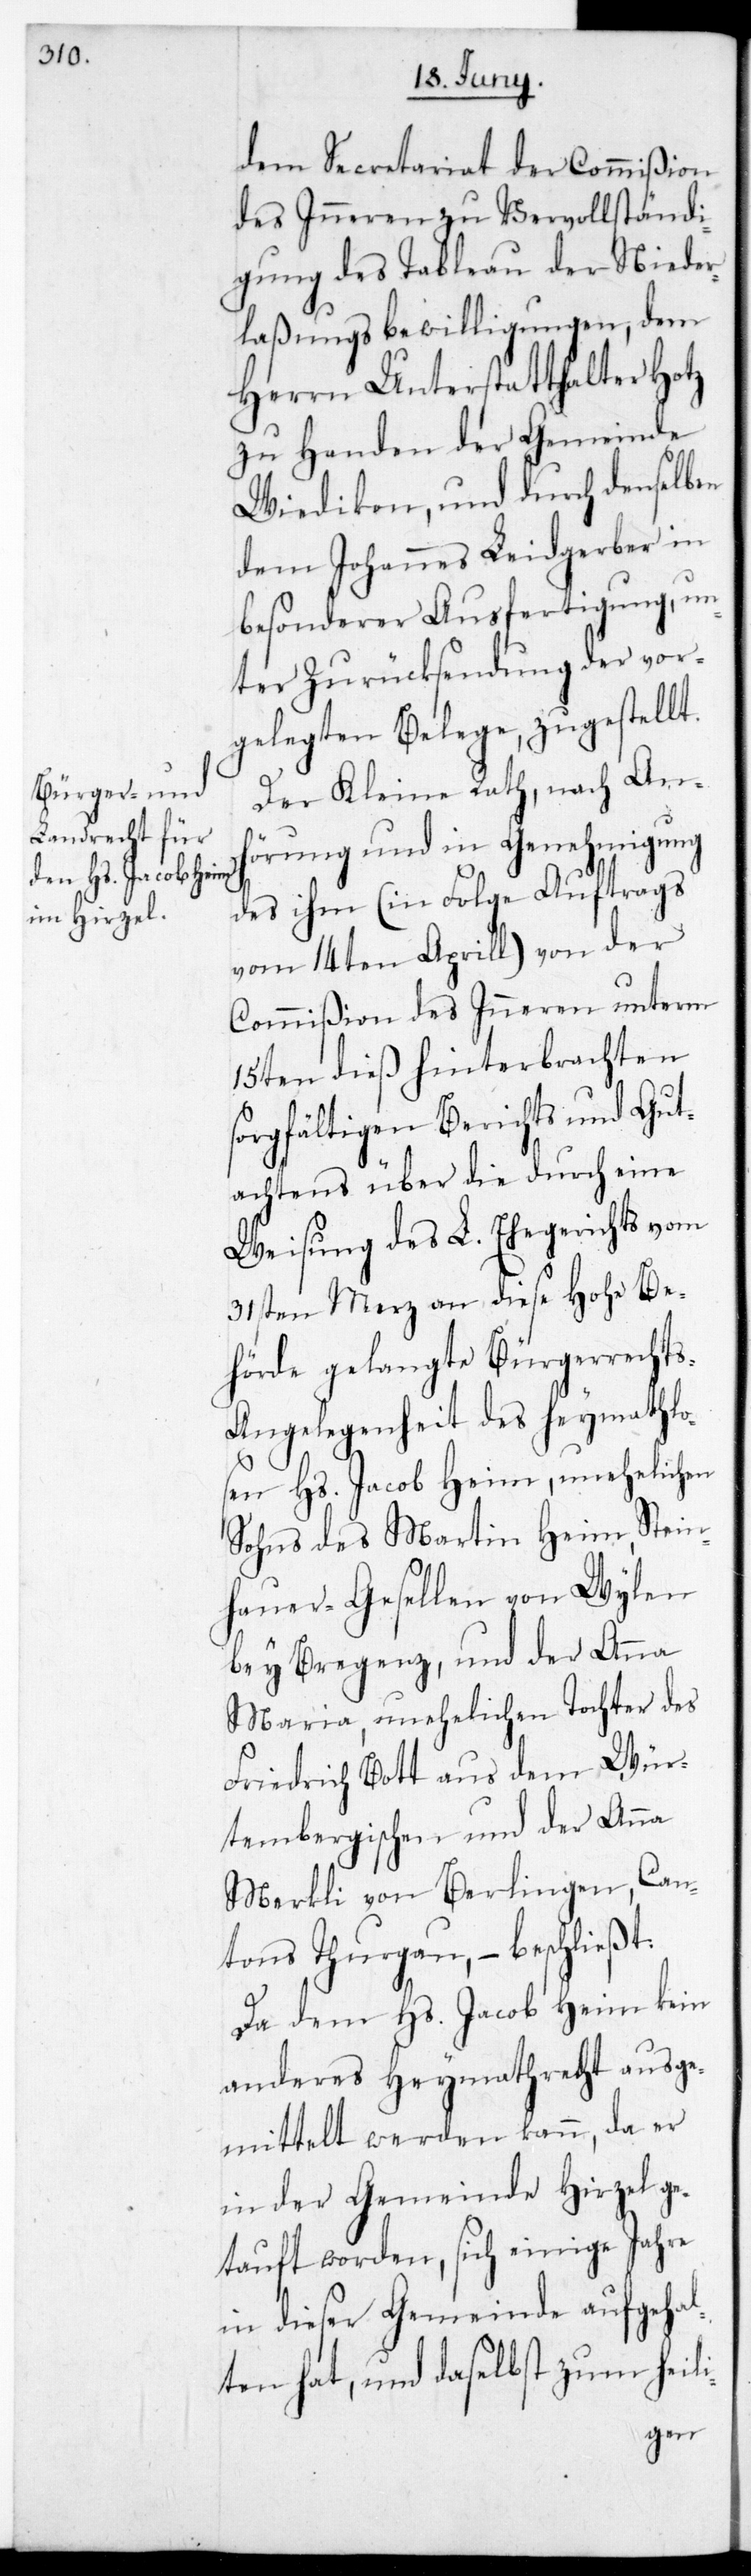
dem Secretariat der Commißion
des Inneren zu Vervollständi¬
gung des Tableau der Nieder¬
laßungs-Bewilligungen, dem
Herrn Unterstatthalter Hotz
zu Handen der Gemeinde
Wiedikon, und durch denselben
dem Johannes Leidgerber in
besonderer Ausfertigung, un¬
ter Zurücksendung der vor¬
gelegten Belege, zugestellt.
Der Kleine Rath, nach An¬
hörung und in Genehmigung
des ihm (in Folge Auftrags
vom 14ten Aprill) von der
Commißion des Inneren unterm
15ten dieß hinterbrachten
sorgfältigen Berichts und Gut¬
achtens über die durch eine
Weisung des L. Ehegerichts vom
31sten Merz an diese Hohe Be¬
hörde gelangte Bürgerrecht¬
s-Angelegenheit des Heymathlo¬
sen Hs. Jacob Heim, unehelichen
Sohns des Martin Heim, Stein¬
hauergesellen von Wylen
bey Bregenz, und der Anna
Maria, unehelichen Tochter des
Friedrich Bott aus dem Wür¬
tembergischen und der Anna
Merkli von Berlingen, Can¬
tons Thurgau, – beschließt:
Da dem Hs. Jacob Heim kein
anderes Heymathrecht ausge¬
mittelt werden kann, da er
in der Gemeinde Hirzel ge¬
tauft worden, sich einige Jahre
in dieser Gemeinde aufgehal¬
ten hat, und daselbst zum heili-